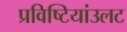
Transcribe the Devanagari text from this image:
प्रविष्टियांउलट